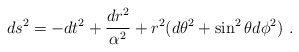
\begin{align*}ds^2=-d t^2+\frac{dr^2}{\alpha^2}+r^2(d\theta^2+\sin^2\theta d\phi^2) \ .\end{align*}